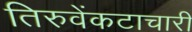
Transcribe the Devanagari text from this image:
तिरुवेंकटाचारी